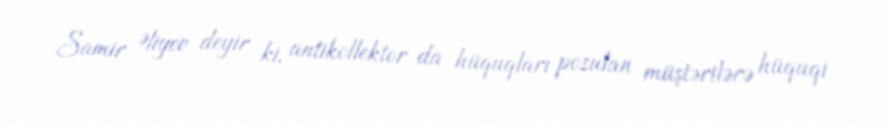
Samir Əliyev deyir ki, antikollektor da hüquqları pozulan müştərilərə hüquqi